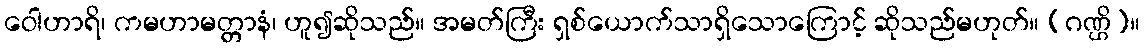
ဝေါဟာရိ၊ ကမဟာမတ္တာနံ၊ ဟူ၍ဆိုသည်။ အမတ်ကြီး ရှစ်ယောက်သာရှိသောကြောင့် ဆိုသည်မဟုတ်။ (ဂဏ္ဌိ)။